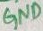
Text: GND